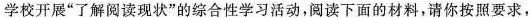
学校开展”了解阅读现状”的综合性学习活动，阅读下面的材料，请你按照要求，